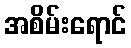
အစိမ်းရောင်